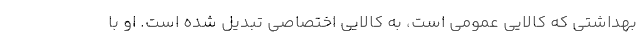
بهداشتی که کالایی عمومی است، به کالایی اختصاصی تبدیل شده است. او با